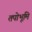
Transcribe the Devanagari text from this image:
तपोभूमि